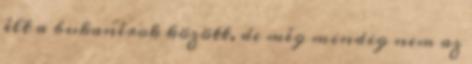
élt a bukanérok között, de még mindig nem az